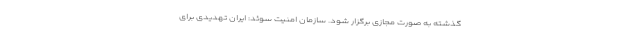
گذشته به صورت مجازی برگزار شود. سازمان امنیت سوئد: ایران تهدیدی برای